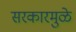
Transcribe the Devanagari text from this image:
सरकारमुळे